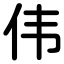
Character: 伟